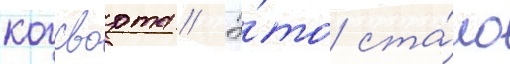
когсворта // Э́то ста́ло